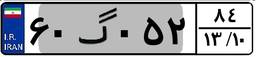
۶۰گ۰۵۲۸۴